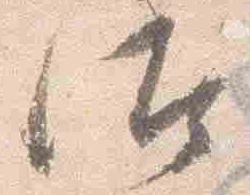
汰